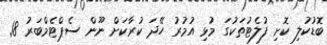
ބޮޑުކުލި ކޮށި ފުލެޓުތަކުގަ މުޅި އުމުރު ހޭދަ ކުރާކަށް ނޫން ސެޕްޓެމްބަރު 18